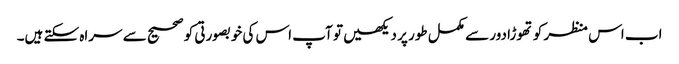
اب اس منظر کو تھوڑا دور سے مکمل طور پر دیکھیں تو آپ اس کی خوبصورتی کو صحیح سے سراہ سکتے ہیں۔